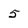
Character: 5